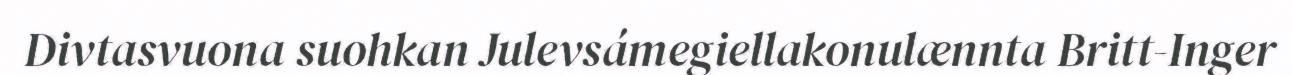
Divtasvuona suohkan Julevsámegiellakonulænnta Britt-Inger